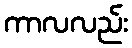
ကာလလည်း